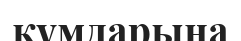
құмдарына